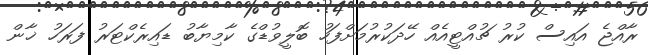
ރާއްޖެ އައިސް ކުރު ޗުއްޓީއެއް ހޭދަކުރުމަށްފަހު ބޮލީވުޑްގެ ކާމިޔާބު ޑައިރެކްޓަރު ފަރަހު ޚާން